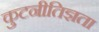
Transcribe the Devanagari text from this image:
कुटनीतिज्ञता